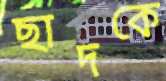
ছাদকে